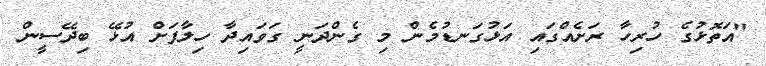
"އަތޮޅުގެ ހުރިހާ ރަށެއްގައި އަޅުގަނޑުމެން މި ގެންދަނީ ގަވައިދާ ހިލާފަށް އުޅޭ ބިދޭސީން